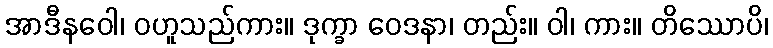
အာဒီနဝေါ၊ ဝဟူသည်ကား။ ဒုက္ခာ ဝေဒနာ၊ တည်း။ ဝါ၊ ကား။ တိဿောပိ၊